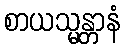
စာယသ္မန္တာနံ